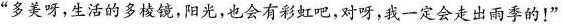
”多美呀，生活的多棱镜，阳光，也会有彩虹吧，对呀，我一定会走出雨季的！ ”